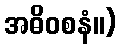
အဓိဝစနံ။)